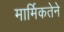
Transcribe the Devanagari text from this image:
मार्मिकतेने